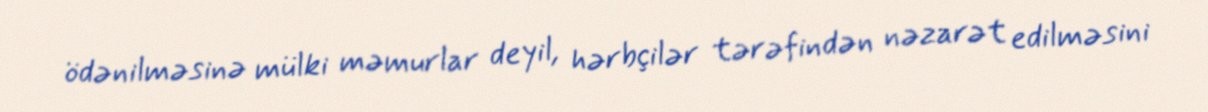
ödənilməsinə mülki məmurlar deyil, hərbçilər tərəfindən nəzarət edilməsini